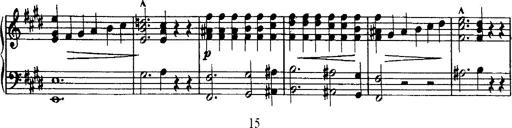
Title: Rondo di bravura
Composer: Franz Liszt